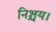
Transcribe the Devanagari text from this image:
निश्चय।